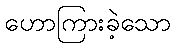
ဟောကြားခဲ့သော